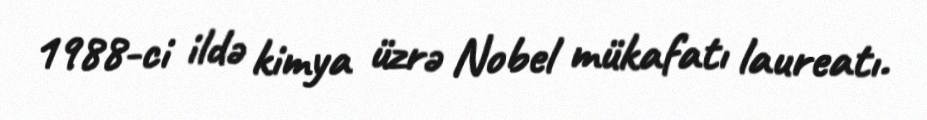
1988-ci ildə kimya üzrə Nobel mükafatı laureatı.